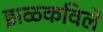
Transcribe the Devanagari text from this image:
झळकविले